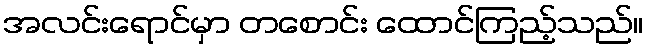
အလင်းရောင်မှာ တစောင်း ထောင်ကြည့်သည်။